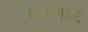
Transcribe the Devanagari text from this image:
६६७१६६